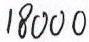
1 8 0 0 0